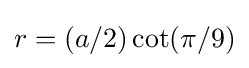
r=(a/2)\cot(\pi /9)